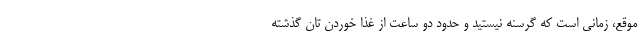
موقع، زمانی است که گرسنه نیستید و حدود دو ساعت از غذا خوردن تان گذشته